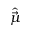
\hat { \vec { \mu } }